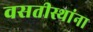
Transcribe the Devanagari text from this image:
वसतीस्थांना